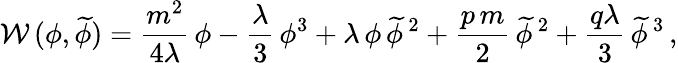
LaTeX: {\cal W}\, (\phi,\widetilde\phi)=\frac{m^{2}}{4\lambda}\, \phi-\frac{\lambda}{3}\, \phi^{3}+\lambda\, \phi\, \widetilde\phi^{\, 2}+\frac{p\, m}{2}\, \widetilde\phi^{\, 2}+\frac{q\lambda}{3}\, \widetilde\phi^{\, 3}\, ,